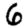
Digit: 6